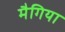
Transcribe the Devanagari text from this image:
मैगिया